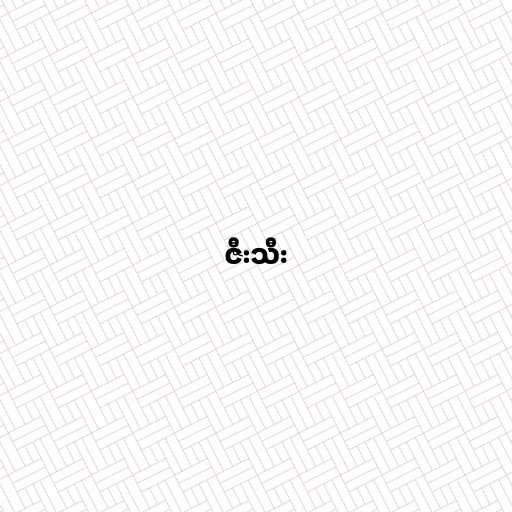
ဇီးသီး